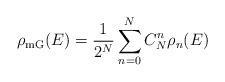
LaTeX: \begin{align*}\rho_{\mathrm{mG}}(E)=\frac{1}{2^N}\sum_{n=0}^NC_N^n \rho_n(E)\end{align*}